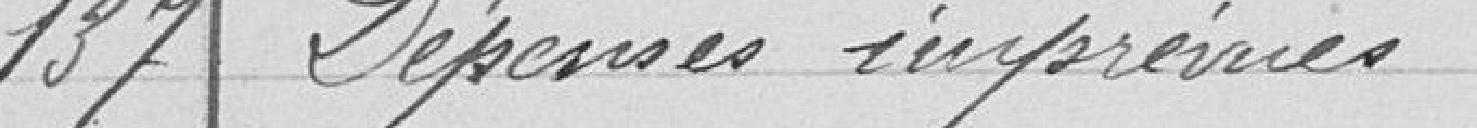
137 Dépenses imprévues